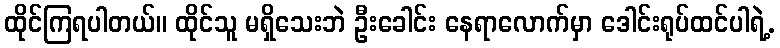
ထိုင်ကြရပါတယ်။ ထိုင်သူ မရှိသေးဘဲ ဦးခေါင်း နေရာလောက်မှာ ဒေါင်းရုပ်ထင်ပါရဲ့.